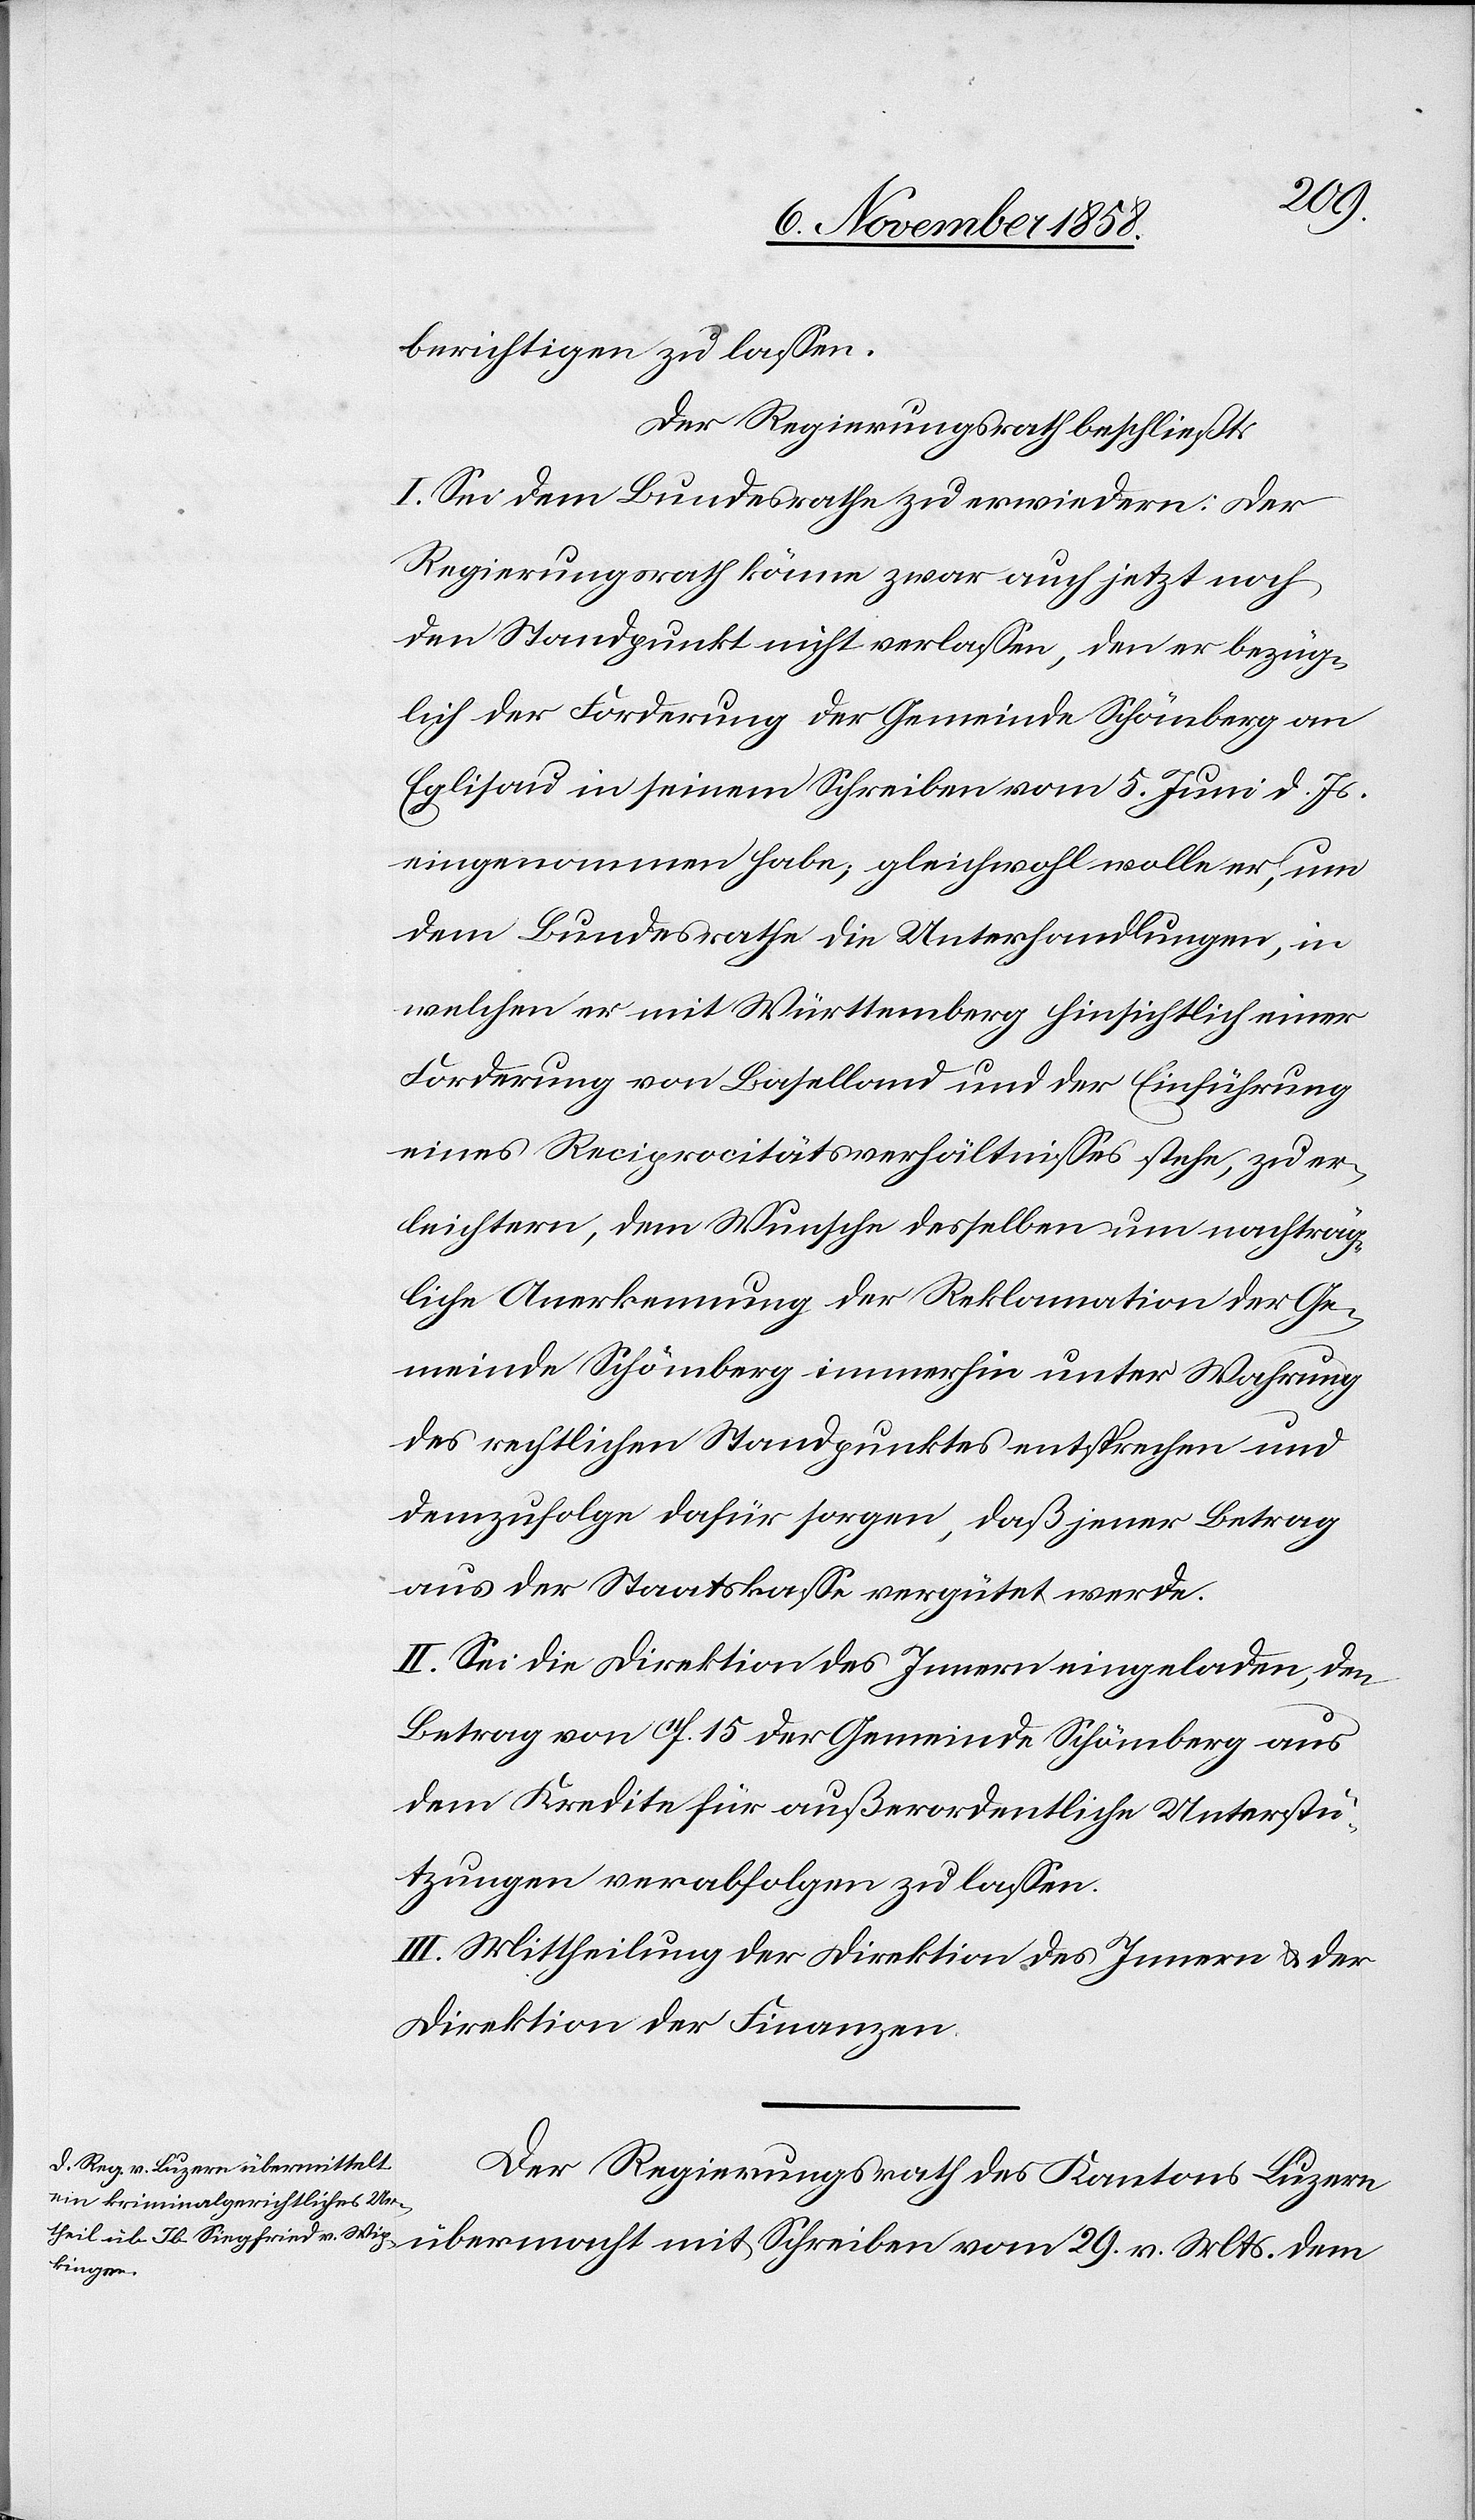
berichtigen zu lassen.
Der Regierungsrath beschließt:
I. Sei dem Bundesrathe zu erwiedern: Der
Regierungsrath könne zwar auch jetzt noch
den Standpunkt nicht verlassen, den er bezüg¬
lich der Forderung der Gemeinde Schömberg an
Eglisau in seinem Schreiben vom 5. Juni d. Js.
eingenommen habe, gleichwohl wolle er, um
dem Bundesrathe die Unterhandlungen, in
welchen er mit Württemberg hinsichtlich einer
Forderung von Baselland und der Einführung
eines Reciprocitätsverhältnisses stehe, zu er¬
leichtern, dem Wunsche desselben um nachträg¬
liche Anerkennung der Reklamation der Ge¬
meinde Schömberg immerhin unter Wahrung
des rechtlichen Standpunktes entsprechen und
demzufolge dafür sorgen, daß jener Betrag
aus der Staatskasse vergütet werde.
II. Sei die Direktion des Innern eingeladen, den
Betrag von 11f. 15 der Gemeinde Schömberg aus
dem Kredite für außerordentliche Unterstü¬
tzungen verabfolgen zu lassen.
III. Mittheilung der Direktion des Innern & der
Direktion der Finanzen.
Der Regierungsrath des Kantons Luzern
übermacht mit Schreiben vom 29. v. Mts. dem